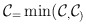
\begin{align*}\mathcal{C}_=\min (\mathcal{C}_,\mathcal{C}_) \end{align*}